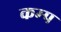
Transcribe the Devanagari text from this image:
कम्‍प